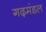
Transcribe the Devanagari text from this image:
गढ़मंडल